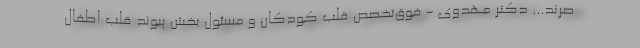
صرند... دکتر مهدوی - فوق‌تخصص قلب کودکان و مسئول بخش پیوند قلب اطفال